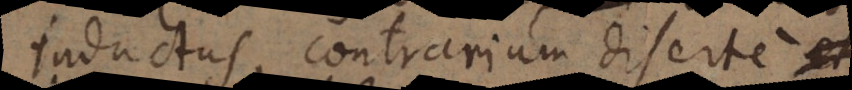
inductus, contrarium diserte def